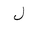
Letter: _lam